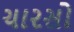
ચારસો